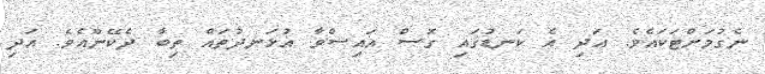
ނެގުމަށްޓަކައެވެ. އަދި އެ ކަނޑުގައި ގޮސް އައިސްވާ އުޅަނދުތައް ތިބާ ދެކޭނޫއެވެ. އަދި